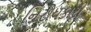
નિરોધકારી